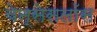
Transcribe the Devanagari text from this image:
वेन्सेसलॉस